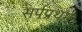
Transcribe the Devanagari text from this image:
सर्पप्रथम